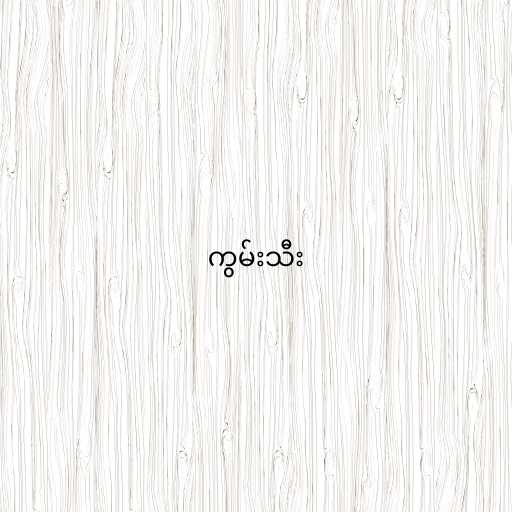
ကွမ်းသီး